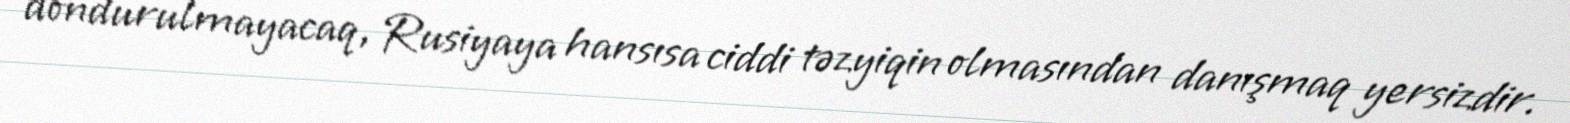
dondurulmayacaq, Rusiyaya hansısa ciddi təzyiqin olmasından danışmaq yersizdir.